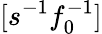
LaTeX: [s^{-1}f_{0}^{-1}]